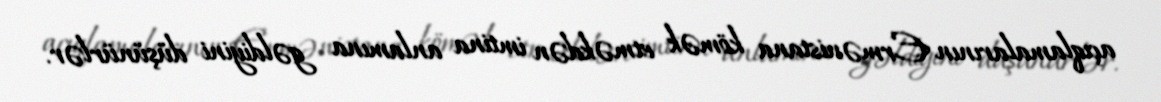
açıqlamalarının Ermənistana kömək etməkdən imtina anlamına gəldiyini düşünürlər.